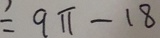
= 9 \pi - 1 8